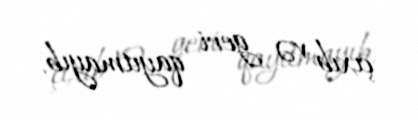
çıxıb və geri qayıtmayıb.